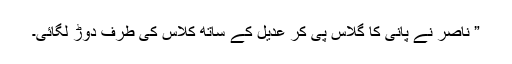
” ناصر نے پانی کا گلاس پی کر عدیل کے ساتھ کلاس کی طرف دوڑ لگائی۔